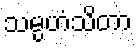
သမ္ပဟံသိတာ